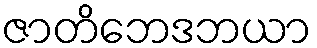
ဇာတိဘေဒဘယာ